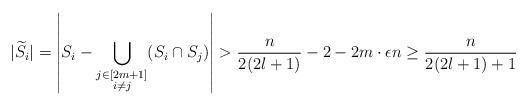
LaTeX: \begin{align*}|\widetilde{S_i}|=\left|S_i-\bigcup_{\substack{j\in[2m+1]\\i\neq j}}(S_i\cap S_j)\right|>\frac{n}{2(2l+1)}-2-2m\cdot \epsilon n\ge \frac{n}{2(2l+1)+1}\end{align*}